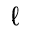
\ell